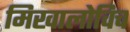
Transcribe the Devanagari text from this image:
मिखालोविच